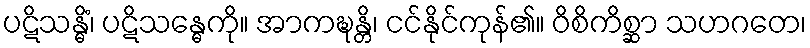
ပဋိသန္ဓိံ၊ ပဋိသန္ဓေကို။ အာကဍ္ဎန္တိ၊ ငင်နိုင်ကုန်၏။ ဝိစိကိစ္ဆာ သဟဂတေ၊